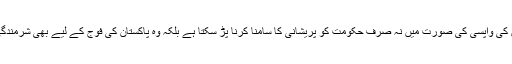
عسکری کا کہنا تھا کہ ان کی واپسی کی صورت میں نہ صرف حکومت کو پریشانی کا سامنا کرنا پڑ سکتا ہے بلکہ وہ پاکستان کی فوج کے لیے بھی شرمندگی کا باعث بن سکتے ہیں۔